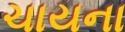
ચાયના